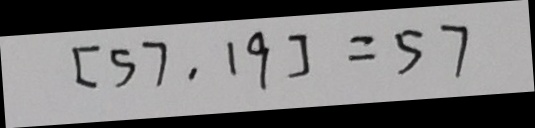
[ 5 7 , 1 9 ] = 5 7